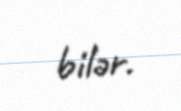
bilər.